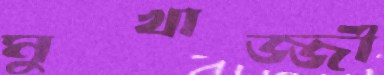
মুখার্জ্জী